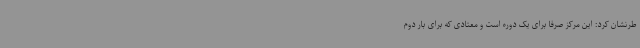
طرنشان کرد: این مرکز صرفاً برای یک دوره است و معتادی که برای بار دوم